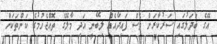
އޭގެ ބަދަލުގައި ސަރުކާރަށް ވެސް ފައިދާއެއް ލިބޭނީ އަދި މާލޭގެ ތޮއްޖެހުމުގެ ކަންތަކަށް